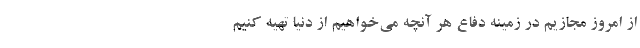
از امروز مجازیم در زمینه دفاع هر آنچه می‌خواهیم از دنیا تهیه کنیم